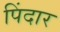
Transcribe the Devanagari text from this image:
पिंदार